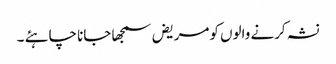
نشہ کرنے والوں کومریض سمجھا جانا چاہئے ۔